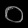
Digit: ၀